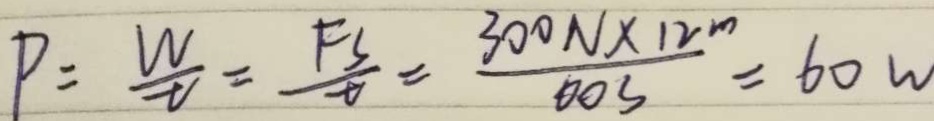
P = \frac { W } { t } = \frac { F _ { s } } { t } = \frac { 3 0 0 N \times 1 2 m } { 0 0 3 } = 6 0 w